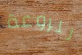
للروعة